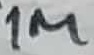
Text: 1M